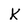
Character: K